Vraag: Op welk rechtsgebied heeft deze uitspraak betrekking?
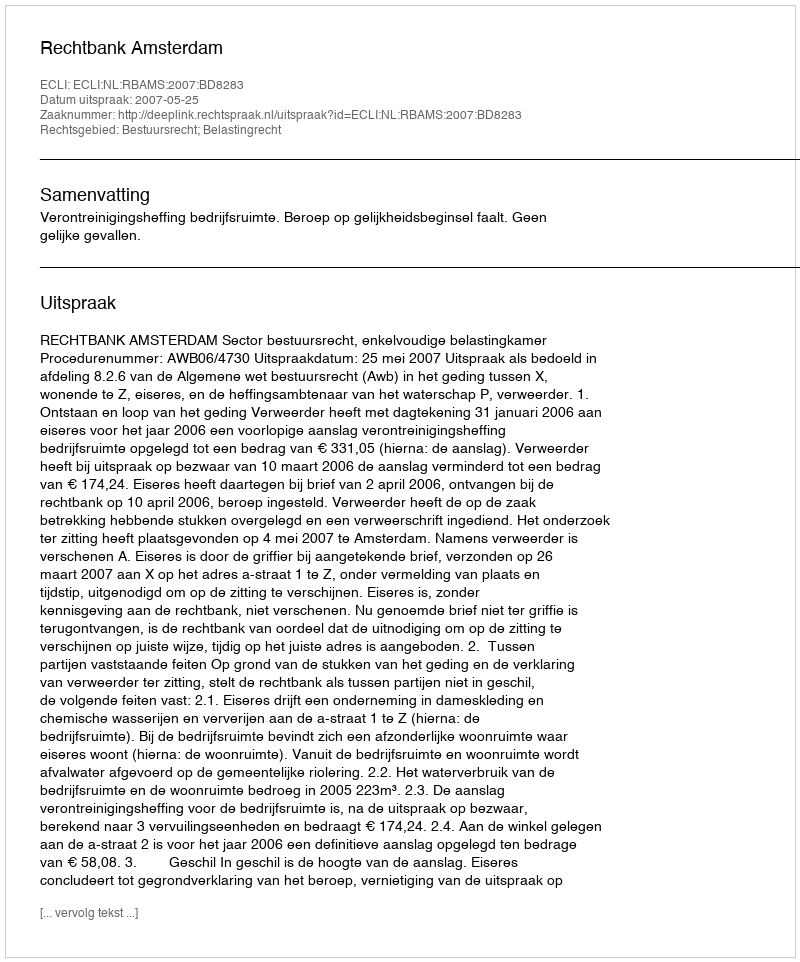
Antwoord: Bestuursrecht; Belastingrecht